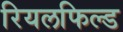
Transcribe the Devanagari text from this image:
रियलफिल्ड